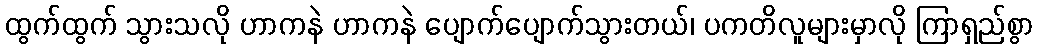
ထွက်ထွက် သွားသလို ဟာကနဲ ဟာကနဲ ပျောက်ပျောက်သွားတယ်၊ ပကတိလူများမှာလို ကြာရှည်စွာ